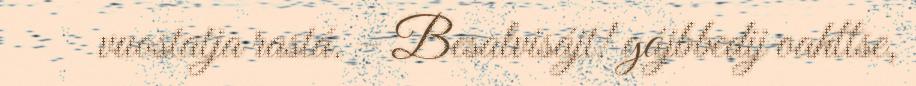
vuostatja rastá. – Besalvisájt! gájbbedij oahttse,